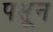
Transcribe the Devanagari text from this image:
पसून